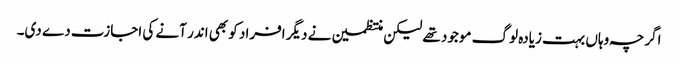
اگرچہ وہاں بہت زیادہ لوگ موجود تھے لیکن منتظمین نے دیگر افراد کو بھی اندر آنے کی اجازت دے دی۔